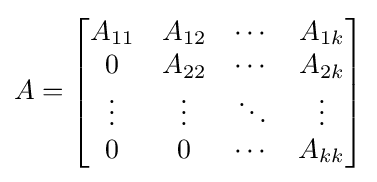
A={\begin{bmatrix}A_{11}&A_{12}&\cdots &A_{1k}\\0&A_{22}&\cdots &A_{2k}\\\vdots &\vdots &\ddots &\vdots \\0&0&\cdots &A_{kk}\end{bmatrix}}